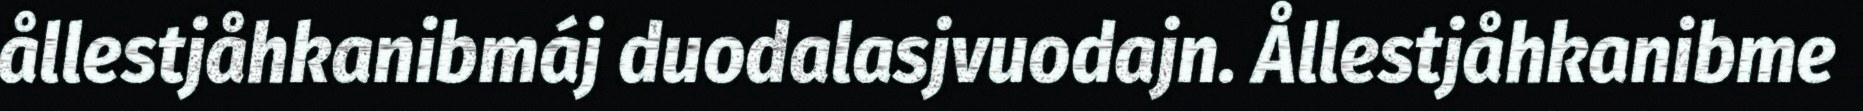
ållestjåhkanibmáj duodalasjvuodajn. Ållestjåhkanibme